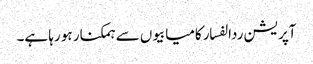
آپریشن ردالفسار کامیابیوں سے ہمکنار ہو رہا ہے۔